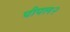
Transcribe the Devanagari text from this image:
पीपल२